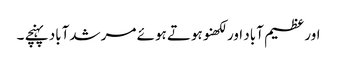
اور عظیم آباد اور لکھنو ہوتے ہوئے مرشدآباد پہنچے ۔